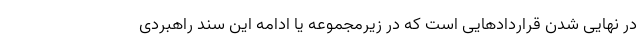
در نهایی شدن قراردادهایی است که در زیرمجموعه یا ادامه این سند راهبردی